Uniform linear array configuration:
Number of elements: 8
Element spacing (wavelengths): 0.75
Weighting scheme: binomial
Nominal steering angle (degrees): -45
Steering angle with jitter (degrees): -44.5
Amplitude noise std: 0.05
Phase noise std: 0.05

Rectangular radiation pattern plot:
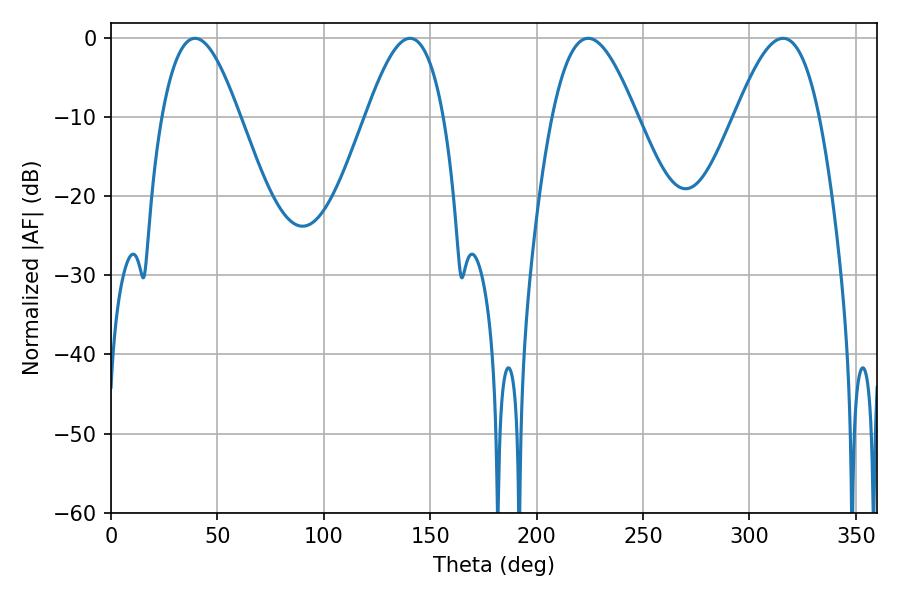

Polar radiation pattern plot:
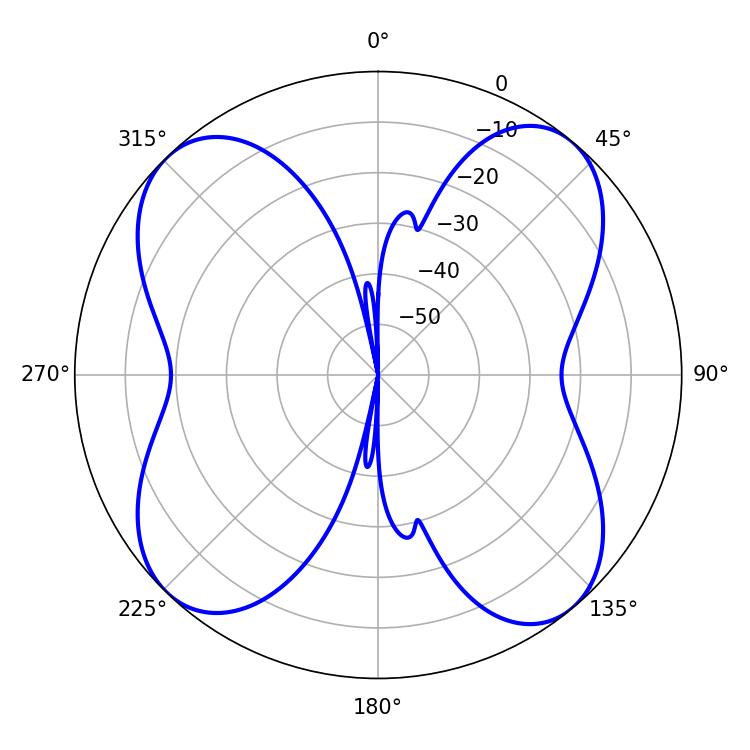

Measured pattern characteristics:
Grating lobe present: TRUE
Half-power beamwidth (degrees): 21.42
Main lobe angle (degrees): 224.28